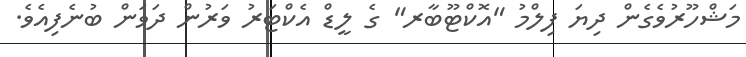
މަޝްހޫރުވެގެން ދިޔަ ފިލްމު "އޮކްޓޫބާރ" ގެ ލީޑް އެކްޓަރު ވަރުން ދަވަން ބުނެފިއެވެ.